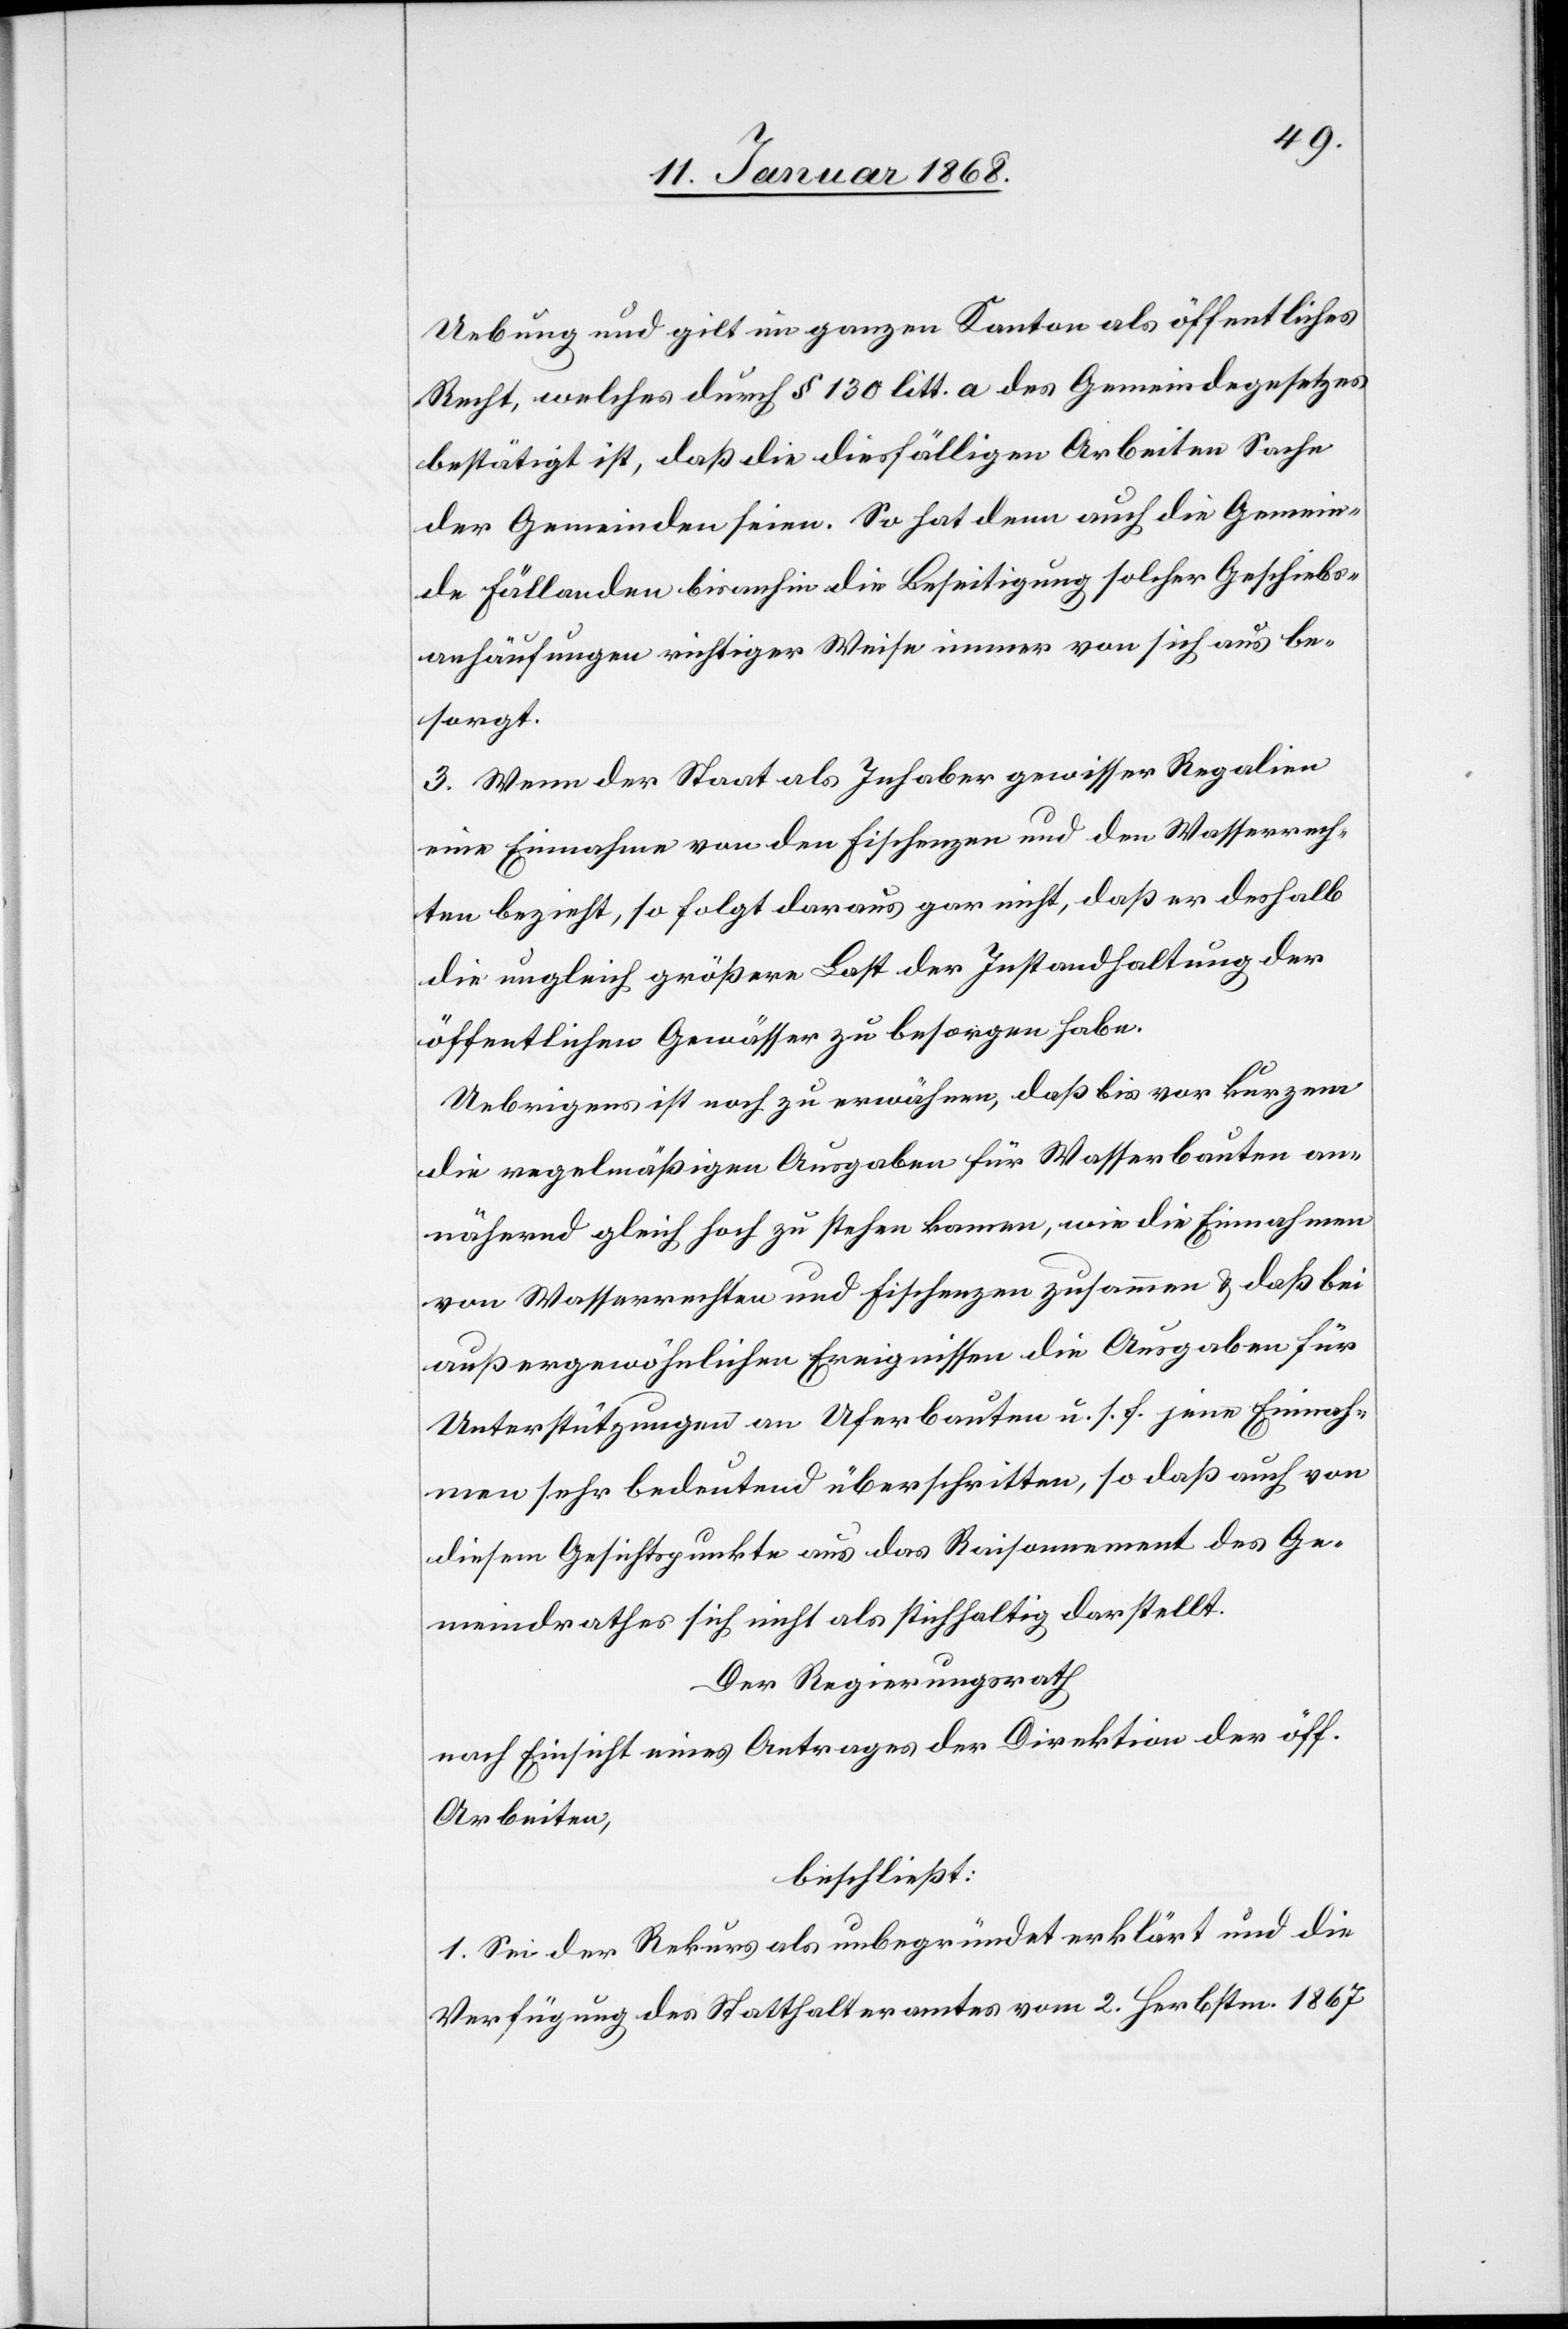
Uebung und gilt im ganzen Kanton als öffentliches
Recht, welches durch § 130 litt. a des Gemeindegesetzes
bestätigt ist, daß die diesfälligen Arbeiten Sache
der Gemeinden seien. So hat denn auch die Gemein¬
de Fällanden bisanhin die Beseitigung solcher Geschiebs¬
anhäufungen richtiger Weise immer von sich aus be¬
sorgt.
3. Wenn der Staat als Inhaber gewisser Regalien
eine Einnahme von den Fischenzen und den Wasserrech¬
ten bezieht, so folgt daraus gar nicht, daß er deshalb
die ungleich größere Last der Instandhaltung der
öffentlichen Gewässer zu besorgen habe.
Uebrigens ist noch zu erwähnen, daß bis vor kurzem
die regelmäßigen Ausgaben für Wasserbauten an¬
nähernd gleich hoch zu stehen kamen, wie die Einnahmen
von Wasserrechten und Fischenzen zusammen & daß bei
außergewöhnlichen Ereignissen die Ausgaben für
Unterstützungen an Uferbauten u. s. f. jene Einnah¬
men sehr bedeutend überschritten, so daß auch von
diesem Gesichtspunkte aus das Raisonnement des Ge¬
meindrathes sich nicht als stichhaltig darstellt.
Der Regierungsrath
nach Einsicht eines Antrages der Direktion der öff.
Arbeiten,
beschließt:
1. Sei der Rekurs als unbegründet erklärt und die
Verfügung des Statthalteramtes vom 2. Herbstm. 1867